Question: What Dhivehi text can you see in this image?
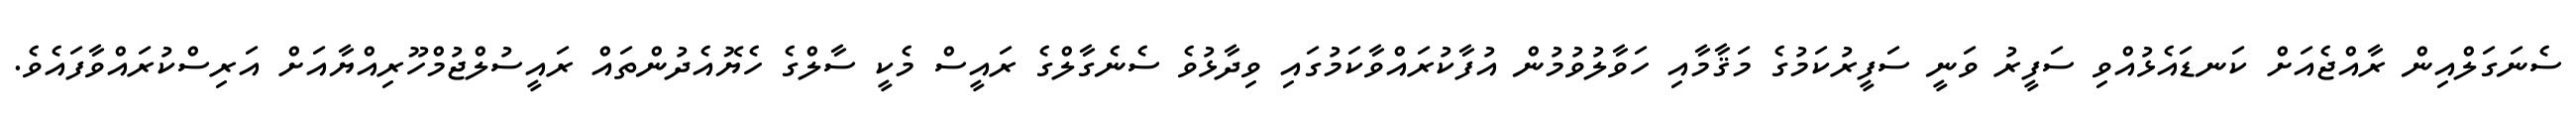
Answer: ސެނަގަލްއިން ރާއްޖެއަށް ކަނޑައެޅުއްވި ސަފީރު ވަނީ ސަފީރުކަމުގެ މަޤާމާއި ހަވާލުވުމުން އުފާކުރައްވާކަމުގައި ވިދާޅުވެ ސެނެގާލްގެ ރައީސް މެކީ ސާލްގެ ހެޔޮއެދުންތައް ރައީސުލްޖުމްހޫރިއްޔާއަށް އަރިސްކުރައްވާފައެވެ.